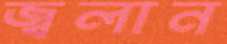
জ্বলান